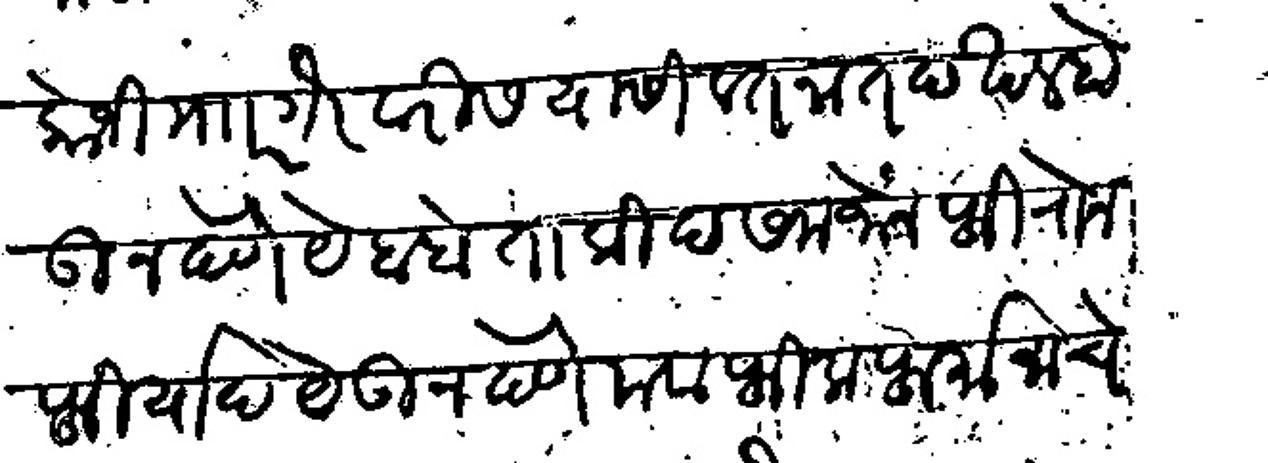
Transliteration (Devanagari): कोजी मार गैरवारीस वतनात दखल होउ न देणे येबबे ताकीद समजोन फिरोन फिर्याद येऊ न देणे मवाफीक फर्मानाचे